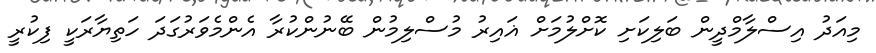
މިއަދު އިސްލާމްދީން ބަލިކަށި ކޮށްލުމަށް ޣައިރު މުސްލިމުން ބޭނުންކުރާ އެންމެވަރުގަދަ ހަތިޔާރަކީ ފިކުރީ